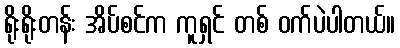
ရိုးရိုးတန်း အိပ်စင်က ကူရှင် တစ် ဝက်ပဲပါတယ်။